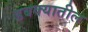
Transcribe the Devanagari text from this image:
डबक्यातील